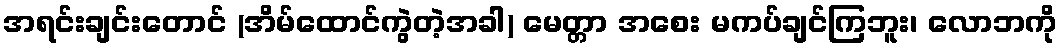
အရင်းချင်းတောင် (အိမ်ထောင်ကွဲတဲ့အခါ) မေတ္တာ အစေး မကပ်ချင်ကြဘူး၊ လောဘကို